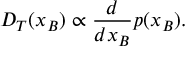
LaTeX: D _ { T } ( x _ { B } ) \propto { \frac { d } { d x _ { B } } } p ( x _ { B } ) .